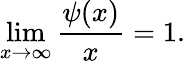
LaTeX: \operatorname*{lim}_{x\to\infty}{\frac{\psi(x)}{x}}=1.